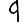
Digit: 9